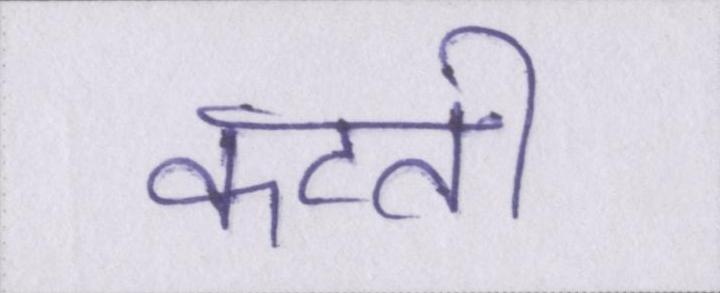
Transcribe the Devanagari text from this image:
कटती